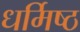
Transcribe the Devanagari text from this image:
धर्मिष्ठ